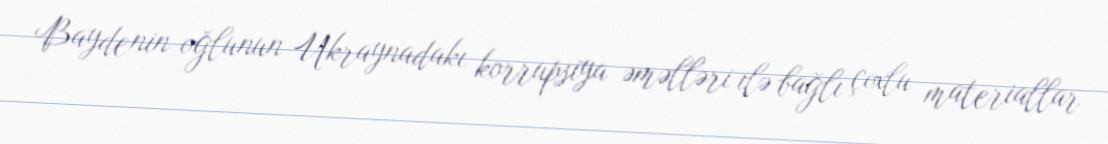
Baydenin oğlunun Ukraynadakı korrupsiya əməlləri ilə bağlı çoxlu materiallar